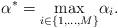
LaTeX: \begin{align*}\alpha^*= \underset{i \in \{1,\dots,M\}}\max \alpha_i .\end{align*}